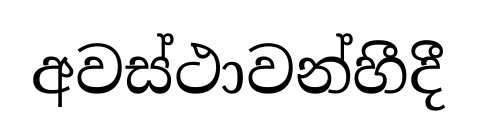
අවස්ථාවන්හීදී